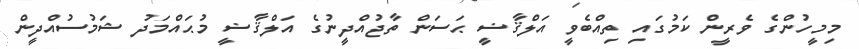
މިމީހުންގެ ވެރީން ކަމުގައި ތިއްބެވީ އަލްޤާޟީ ޙަސަން ތާޖުއްދީނުގެ އަލްޤާޟީ މުޙައްމަދު ޝަމުސުއްދީން